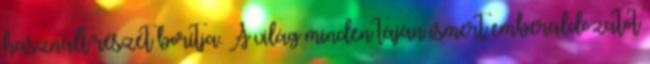
használt részét borítja. A világ minden táján ismert emberáldozatot